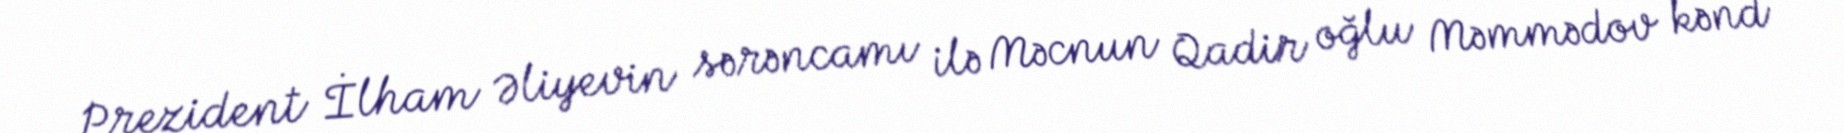
Prezident İlham Əliyevin sərəncamı ilə Məcnun Qadir oğlu Məmmədov kənd